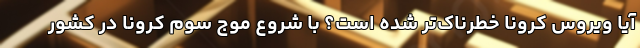
آیا ویروس کرونا خطرناک‌تر شده است؟ با شروع موج سوم کرونا در کشور